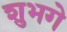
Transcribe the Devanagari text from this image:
शुभगे